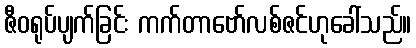
ဇီဝရုပ်ပျက်ခြင်း ကက်တာဗော်လစ်ဇင်ဟုခေါ်သည်။